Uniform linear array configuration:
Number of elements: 64
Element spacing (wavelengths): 0.5
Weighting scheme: blackman
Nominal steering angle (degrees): -15
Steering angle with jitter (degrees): -14.674
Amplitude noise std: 0.05
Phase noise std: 0.05

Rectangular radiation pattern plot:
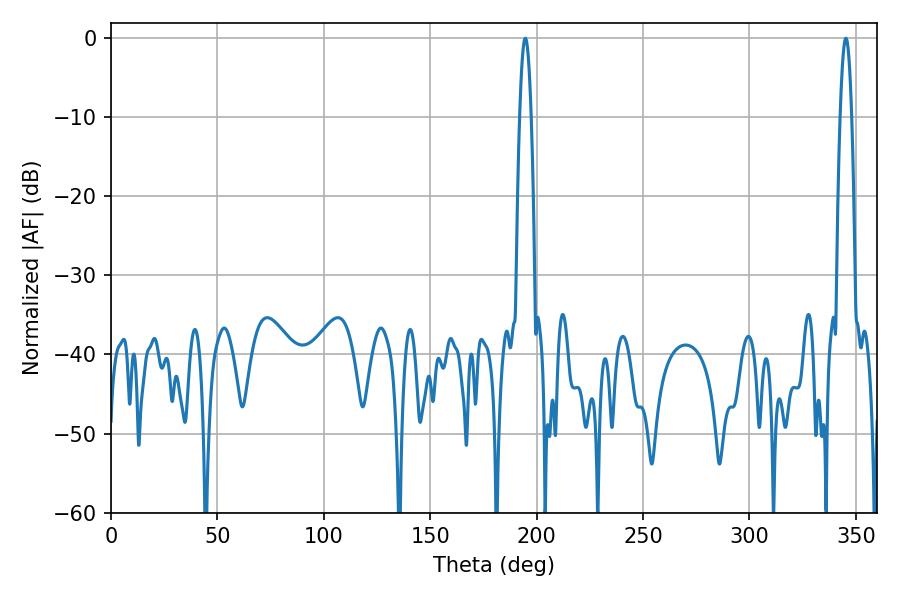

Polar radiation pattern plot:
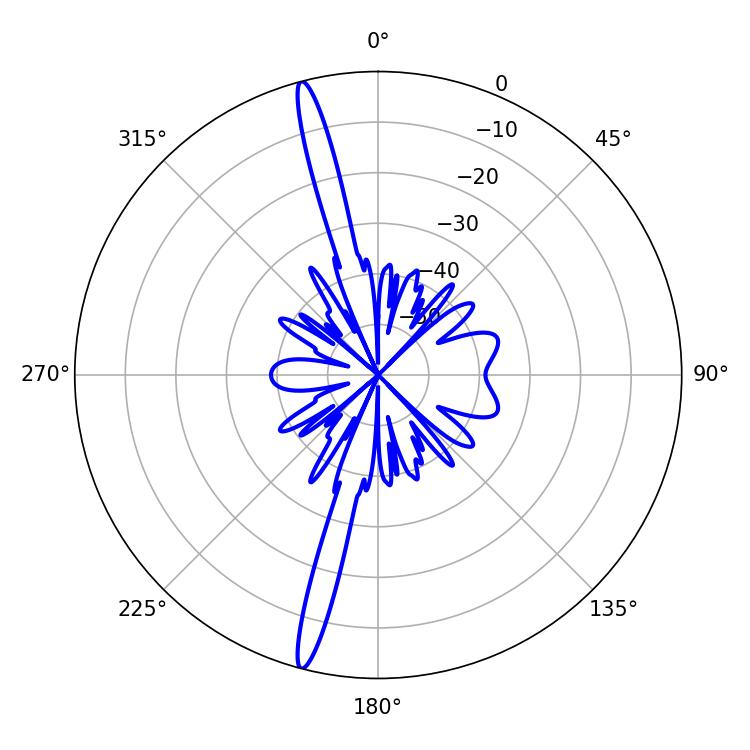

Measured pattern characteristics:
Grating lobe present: FALSE
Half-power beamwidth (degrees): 2.88
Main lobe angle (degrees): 345.24